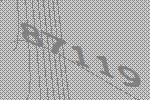
87119